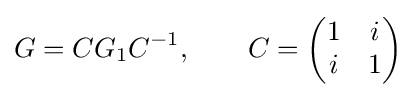
G=CG_{1}C^{-1},\qquad C={\begin{pmatrix}1&i\\i&1\end{pmatrix}}